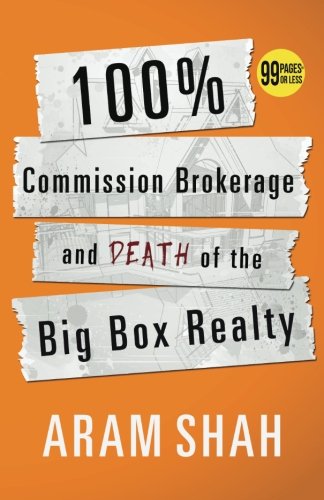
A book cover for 100% Commission Brokerage and Death of the Big Box Realty; Aram Shah; Business & Money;